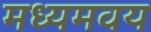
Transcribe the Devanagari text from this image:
मध्यमवय